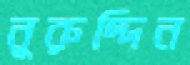
নূরুদ্দিন